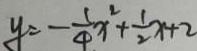
y = - \frac { 1 } { 4 } x ^ { 2 } + \frac { 1 } { 2 } x + 2